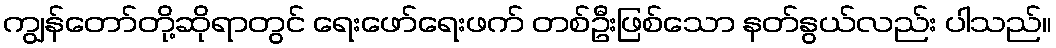
ကျွန်တော်တို့ဆိုရာတွင် ရေးဖော်ရေးဖက် တစ်ဦးဖြစ်သော နတ်နွယ်လည်း ပါသည်။